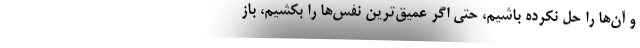
و آن‌ها را حل نکرده باشیم، حتی اگر عمیق‌ترین نفس‌ها را بکشیم، باز